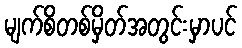
မျက်စိတစ်မှိတ်အတွင်းမှာပင်